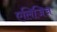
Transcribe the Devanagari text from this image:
एलिजिज